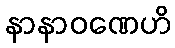
နာနာဝဏေဟိ